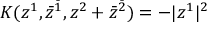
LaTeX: K ( z ^ { 1 } , \bar { z } ^ { \bar { 1 } } , z ^ { 2 } + \bar { z } ^ { \bar { 2 } } ) = - | z ^ { 1 } | ^ { 2 }